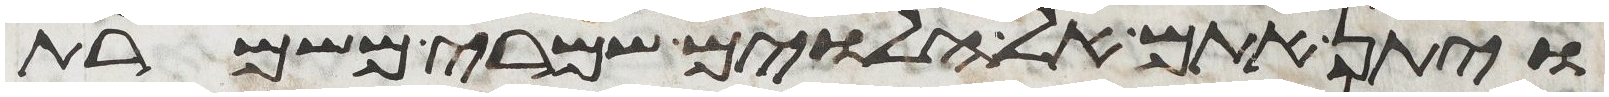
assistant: ויתן אתם אל הלוים שמרי משמרת